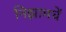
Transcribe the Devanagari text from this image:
निझामचें